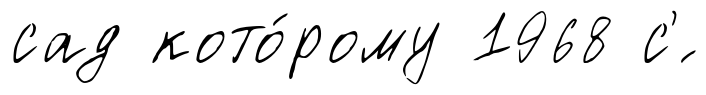
сад кото́рому 1968 с'́